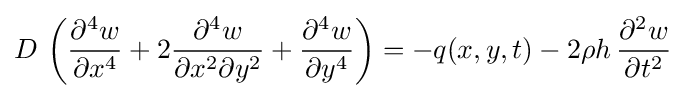
D\,\left({\frac {\partial ^{4}w}{\partial x^{4}}}+2{\frac {\partial ^{4}w}{\partial x^{2}\partial y^{2}}}+{\frac {\partial ^{4}w}{\partial y^{4}}}\right)=-q(x,y,t)-2\rho h\,{\frac {\partial ^{2}w}{\partial t^{2}}}